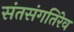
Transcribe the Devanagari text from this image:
संतसंगतिरेव